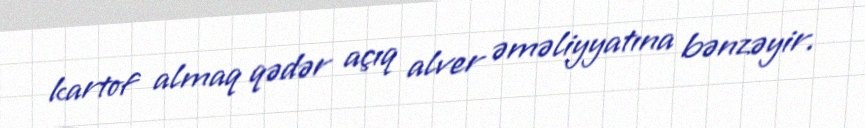
kartof almaq qədər açıq alver əməliyyatına bənzəyir.